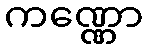
ကဏ္ဏော